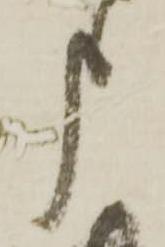
申